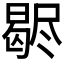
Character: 𣍊